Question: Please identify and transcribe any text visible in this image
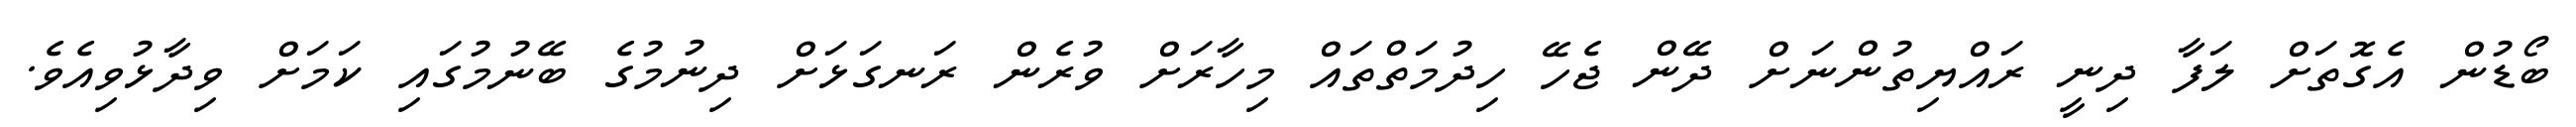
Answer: ބޯޑުން އެގޮތަށް ލަފާ ދިނީ ރައްޔިތުންނަށް ދޭން ޖެހޭ ހިދުމަތްތައް މިހާރަށް ވުރެން ރަނގަޅަށް ދިނުމުގެ ބޭނުމުގައި ކަމަށް ވިދާޅުވިއެވެ.